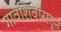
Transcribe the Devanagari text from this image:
गावशिवारातून